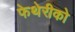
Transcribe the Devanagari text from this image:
फेथेरीको